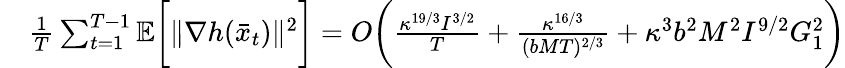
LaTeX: \begin{array}{rl}&{\frac{1}{T}\sum_{t=1}^{T-1}\mathbb{E}\bigg[\| \nabla h(\bar{x}_{t})\| ^{2}\bigg]=O\bigg(\frac{\kappa^{19/3}I^{3/2}}{T}+\frac{\kappa^{16/3}}{(bMT)^{2/3}}+\kappa^{3}b^{2}M^{2}I^{9/2}G_{1}^{2}\bigg)}\end{array}